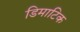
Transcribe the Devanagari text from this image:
डिमाटिक